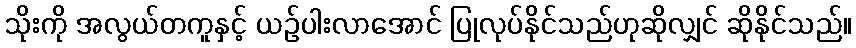
သိုးကို အလွယ်တကူနှင့် ယဉ်ပါးလာအောင် ပြုလုပ်နိုင်သည်ဟုဆိုလျှင် ဆိုနိုင်သည်။